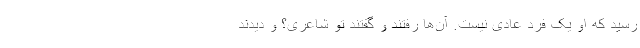
رسید که او یک فرد عادی نیست.‌ آن‌ها رفتند و گفتند تو شاعری؟ و دیدند